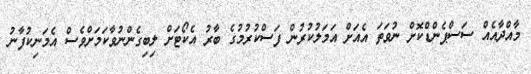
މާއްދާއެއް ސަސްޕެންޑްކޮށް ނުވަތަ އެއަށް އަމަލުކުރުން ފަސްކުރުމުގެ ބާރު އެކޯޓަށް ލިބިގެންނުވާކަމަށްވެސް އެމަނިކުފާނު